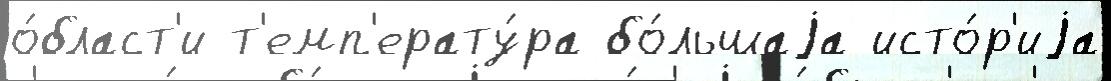
о́бласт'и т'емп'ерату́ра бо́льшаjа исто́р'иjа